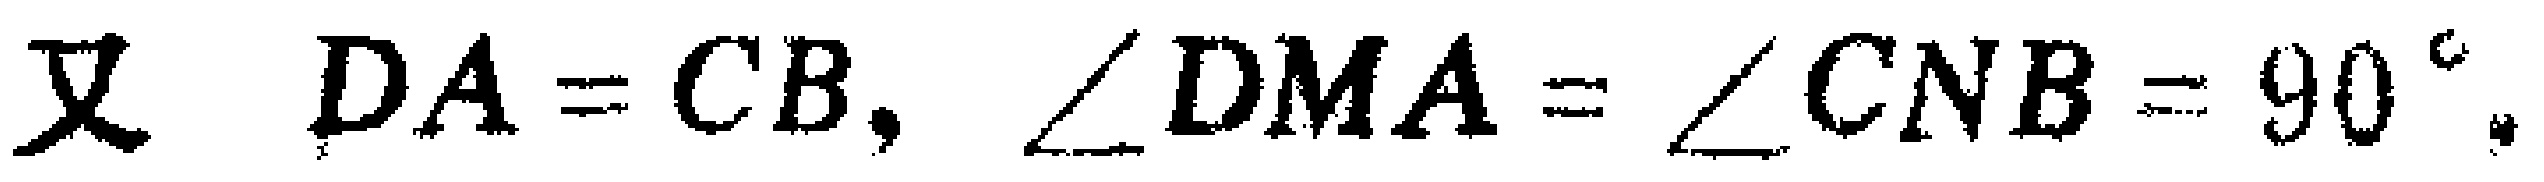
又 \(DA = CB, \angle DMA=\angle CNB = 90^{\circ},\)